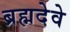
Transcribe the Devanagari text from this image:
ब्रह्मदेवे